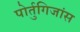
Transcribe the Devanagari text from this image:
पोर्तुगिजांस